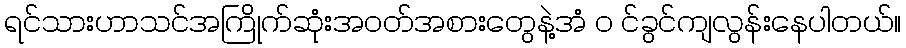
ရင်သားဟာသင်အကြိုက်ဆုံးအဝတ်အစားတွေနဲ့အံ ၀ င်ခွင်ကျလွန်းနေပါတယ်။